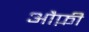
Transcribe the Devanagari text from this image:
औफ़ी